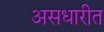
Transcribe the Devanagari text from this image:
असधारीत